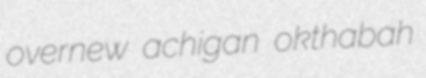
overnew achigan okthabah